Vaccination report Assam 1896-1927 - 1896-1927
Year: 1896
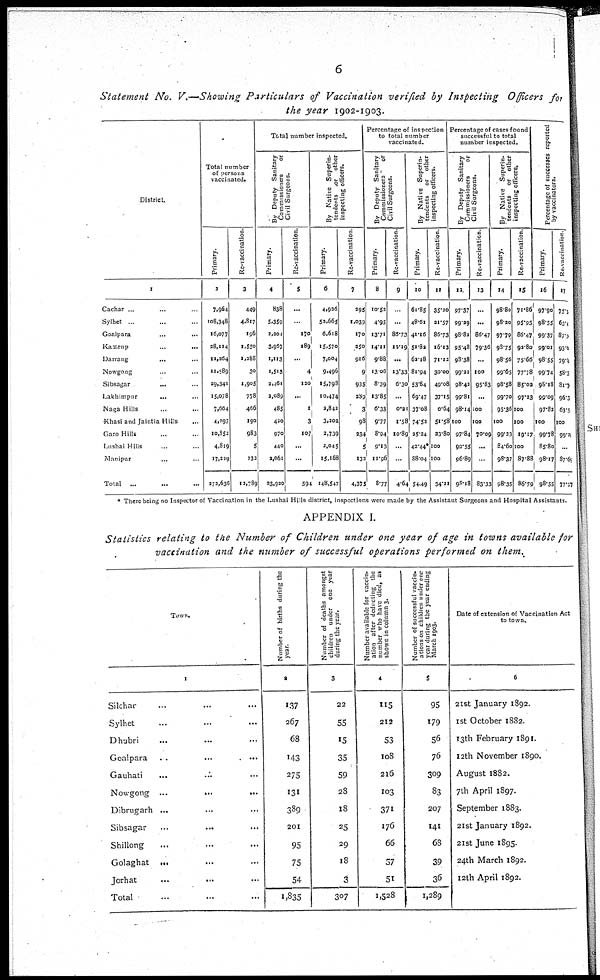
6
Statement No. V.—Showing Particulars of Vaccination verified by Inspecting Officers for
the year 1902-1903.
District.
1
Cachar ... ... ...
Sylhet ... ... ...
Goalpara ... ...
Kamrup ... ...
Darrang
... ...
Nowgong ... ...
Sibsagar ... ...
Lakhimpur
... ...
Naga Hills ... ...
Khasi and Jaintia Hills ...
Garo Hills ... ...
Lushai Hills ... ...
Manipur ... ...
Total
... ... ...
Total number
of persons
vaccinated.
Primary.
2
7,964
108,348
16,077
28,114
11,264
11,589
29,341
15,078
7,664
4,297
10,852
4,819
17,209
272,636
Re-vaccination.
3
449
4,817
196
1,550
1,288
30
1,905
778
466
190
983
5
132
12,789
Total number inspected.
By Deputy Sanitary
Commissioners
or
Civil Surgeons.
Primary.
4
838
5,359
2,204
3,967
1,113
1,518
2,461
2,089
485
420
970
440
2,061
23,920
Re-vaccination.
5
...
...
170
189
...
4
120
...
1
3
107
...
...
594
By Native Superin-
tendents for other
inspecting officers.
Primary.
6
4,926
53,665
6,618
15,570
7,004
9,496
15,798
10,474
2,842
3,202
2,739
2,045
15,168
148,547
Re-vaccination
7
295
1,039
170
250
916
9
935
289
3
98
234
5
133
4,375
Percentage of inspection
to total number
vaccinated.
By Deputy Sanitary
Commissioners
or
Civil Surgeons.
Primary.
8
10.52
4.95
13.71
14.11
9.88
13.06
8.39
13.85
6.33
9.77
8.94
9.13
11.96
8.77
Re-vaccination.
9
...
...
86.73
12.19
...
13.33
6.30
...
0.21
1.58
10.89
...
...
4.64
By Native Superin¬
tendents or other
inspecting officers.
Primary.
10
61.85
48.61
41.16
51.82
62.18
81.94
53.84
69.47
37.08
74.52
25.24
42.44*
88.04
54.49
Re-vaccination.
11
35.20
21.57
86.73
16.13
71.12
30.00
49.08
37.15
0.64
51.58
23.80
100
100
34.21
Percentage of cases found
successful to total
number inspected.
By Deputy Sanitary
Commissioners
or
Civil Surgeons.
Primary.
12
97.37
99.29
98.82
95.48
98.38
99.21
98.42
99.81
98.14
100
97.84
90.55
96.89
98.18
Re-vaccination.
13
...
...
86.47
79.36
...
100
95.83
...
100
100
70.09
...
...
83.33
By Native Superin-
tendents or other
inspecting officers.
Primary.
14
98.80
98.20
97.79
98.75
98.56
99.65
98.58
99.70
95.36
100
99.23
84.60
98.37
98.35
Re-vaccination.
15
71.86
95.95
86.47
92.80
75.66
77.78
85.02
97.23
100
100
19.17
100
87.88
86.79
Percentage of successes reported
by vaccinators.
Primary.
16
97.90
98.55
99.37
99.01
98.55
99.74
98.18
99.09
97.82
100
99.78
85.80
98.17
98.55
Re-vaccination
17
75.3
63.4
87.2
93.6
79.8
58.3
81.2
96.3
63.5
100
99.21
...
87.60
77.97
* There being no Inspector of Vaccination in the Lushai Hills district, inspections were made by the Assistant Surgeons and Hospital Assistants.
APPENDIX I.
Statistics relating to the Number of Children under one year of age in towns available for
vaccination and the number of successful operations performed on them.
Town.
1
Silchar ... ... ...
Sylhet ... ... ...
Dhubri ... ... ...
Goalpara
...
...
...
Gauhati
... ... ...
Nowgong
...
...
...
Dibrugarh ... ... ...
Sibsagar ... ... ...
Shillong ... ... ...
Golaghat
...
...
...
Jorhat ... ... ...
Total ... ... ...
Number of births during the
year.
2
137
267
68
143
275
131
389
201
95
75
54
1,835
Number of deaths amongst
children under one year
during the year.
3
22
55
15
35
59
28
18
25
29
18
3
307
Number available for vaccin-
ation after deducting the
number who have died, as
shown in column 3.
4
115
212
53
108
216
103
371
176
66
57
51
1,528
Number of successful vaccin¬
ations on children under one
year during the year ending
March 1903.
5
95
179
56
76
309
83
207
141
68
39
36
1,289
Date of extension of Vaccination Act
to town.
6
21st January 1892.
1 st October 1882.
13th February 1891.
12th November 1890.
August 1882.
7th April 1897.
September 1883.
21 st January 1892.
21 st June 1895.
24th March 1892.
12th April 1892.